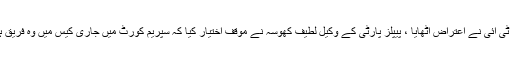
تاہم اس درخواست پر پاکستان پیپلز پارٹی اور پی ٹی آئی نے اعتراض اٹھایا ، پیپلز پارٹی کے وکیل لطیف کھوسہ نے موقف اختیار کیا کہ سپریم کورٹ میں جاری کیس میں وہ فریق ہی نہیں لہٰذا الیکشن کمیشن سماعت جاری رکھے۔